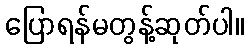
ပြောရန်မတွန့်ဆုတ်ပါ။